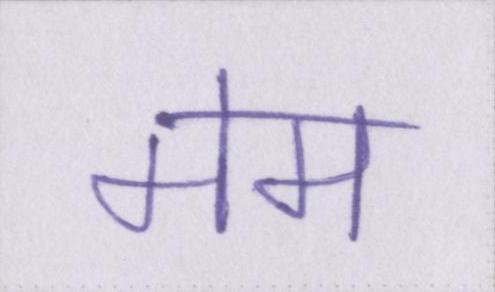
मेम